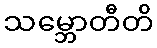
သမ္ဘောတီတိ